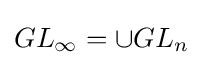
GL_{\infty }=\cup GL_{n}